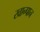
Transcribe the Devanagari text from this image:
खान्पान